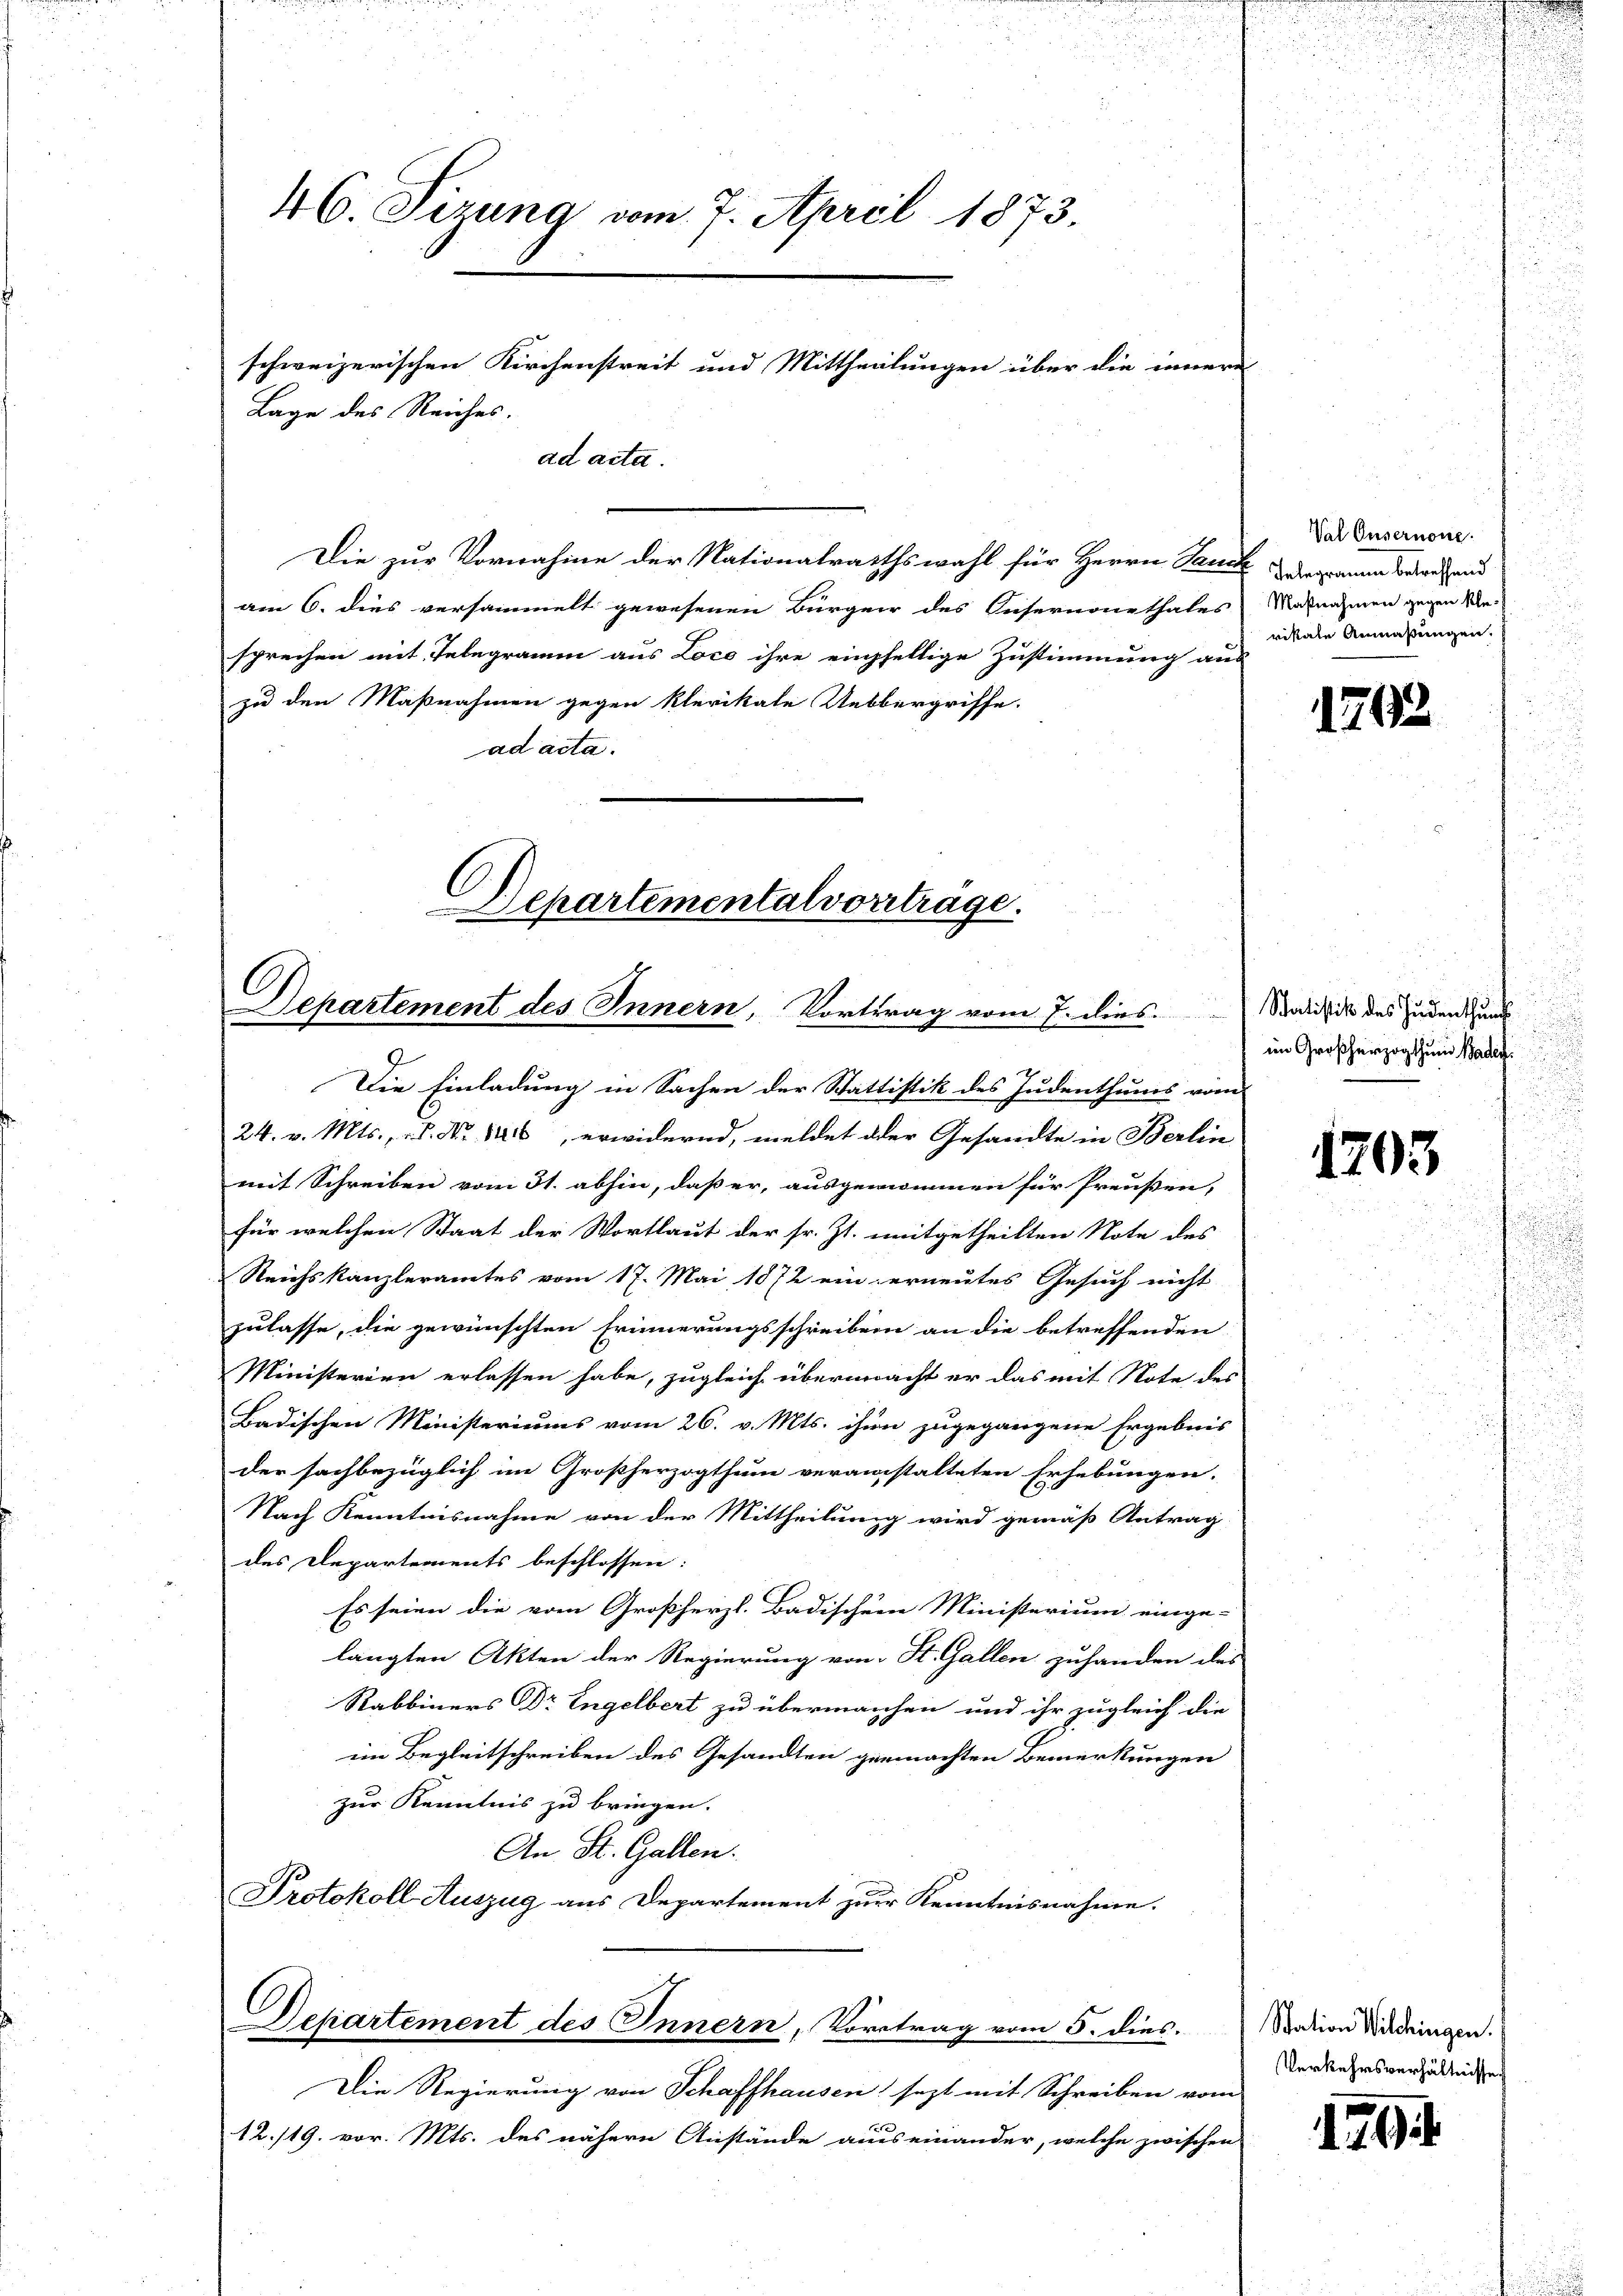
Die zur Vornahme der Nationalrathswahl für Herrn Sauer demann beruhend
am 6. dies versammelt gewesenen Bürger des Keisernonethales Nasnahmen gegen Me-
sprechen mit Telegramm aus Loco ihre einhellige Zustimmung aus
zu den Maßnahmen gegen klerikale Uebbergriffe.
ad acta.

46. Sizung vom 7. April 1873.
schweizerischen Kirchenstreit und Mittheilungen über die innern
Lage des Reiches.
ad acta.

Die Einladung in Sachen der Stattistik des Judenthums vom
24. v. Mts., u. No. 1416, erwidernd, meldet oder Gesandte in Berlin
mit Schreiben vom 31. abhin, daß er, ausgenommen für Preußen,
für welchen Staat der Wortlaut der sr. Zt. mitgetheilten Note des
Reichskanzleramtes vom 17. Mai 1872 ein erneutes Gesuch nicht
zulasse, die gewünschten Erinnerungsschreiben an die betreffenden
Ministerien erlassen habe, zugleich übermacht er das mit Note des
Badischen Ministeriums vom 26. v. Mts. ihm zugegangene Ergebnis
der sachbezüglich im Großherzogthum veranstalteten Erhebungen.
Nach Kenntnisnahme von der Mittheilung wird gemäß Antrag
des Departements beschlossen:
Es seien die vom Großherzl. Badischene Ministerium einge-
langten Akten der Regierung von St. Gallen zuhanden des
Rabbiners Dr Engelbert zu übermanchen und ihr zugleich die
im Begleitschreiben des Gesandten gemachten Bemerkungen
zur Kenntnis zu bringen.
An St. Gallen.
Protokoll-Auszug aus Departement zur Kenntnisnahme.

Departementalvortrage.
Departement des Innern, Vortrag vom 7. dies Salistik des Zunden kan

Sehartement des Innern, Vortrag vom 5. dies

Die Regierung von Schaffhausen, sezt mit Schreiben vom
12./19. vor. Mts. des nähern Anstände ausseinander, welche zwischen

Val Ousernone.
rikale Anmaßungen.

1792.

im Großherzogthum Baden.

1703

Station Wilchingen.
Verkehrsverhältnisse.

129.